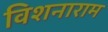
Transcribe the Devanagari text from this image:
विशनाराम